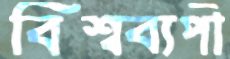
বিশ্বব্যপী